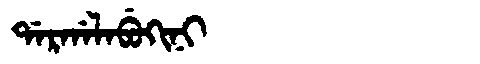
Manchu: ᡩᠠᡵᡤᠠᠯᠠᠪᡠᡴᡳᠨᡳ
Romanization: DARGALABUKINI